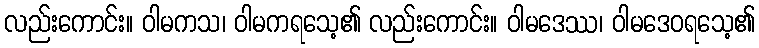
လည်းကောင်း။ ဝါမကသ၊ ဝါမကရသေ့၏ လည်းကောင်း။ ဝါမဒေဿ၊ ဝါမဒေဝရသေ့၏